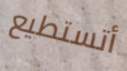
أتستطيع